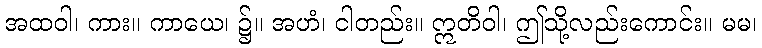
အထဝါ၊ ကား။ ကာယေ၊ ၌။ အဟံ၊ ငါတည်း။ ဣတိဝါ၊ ဤသို့လည်းကောင်း။ မမ၊